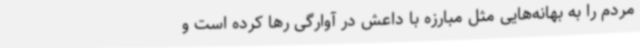
مردم را به بهانه‌هایی مثل مبارزه با داعش در آوارگی رها کرده است و